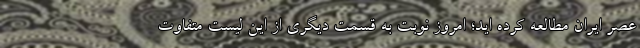
عصر ایران مطالعه کرده اید؛ امروز نوبت به قسمت دیگری از این لیست متفاوت